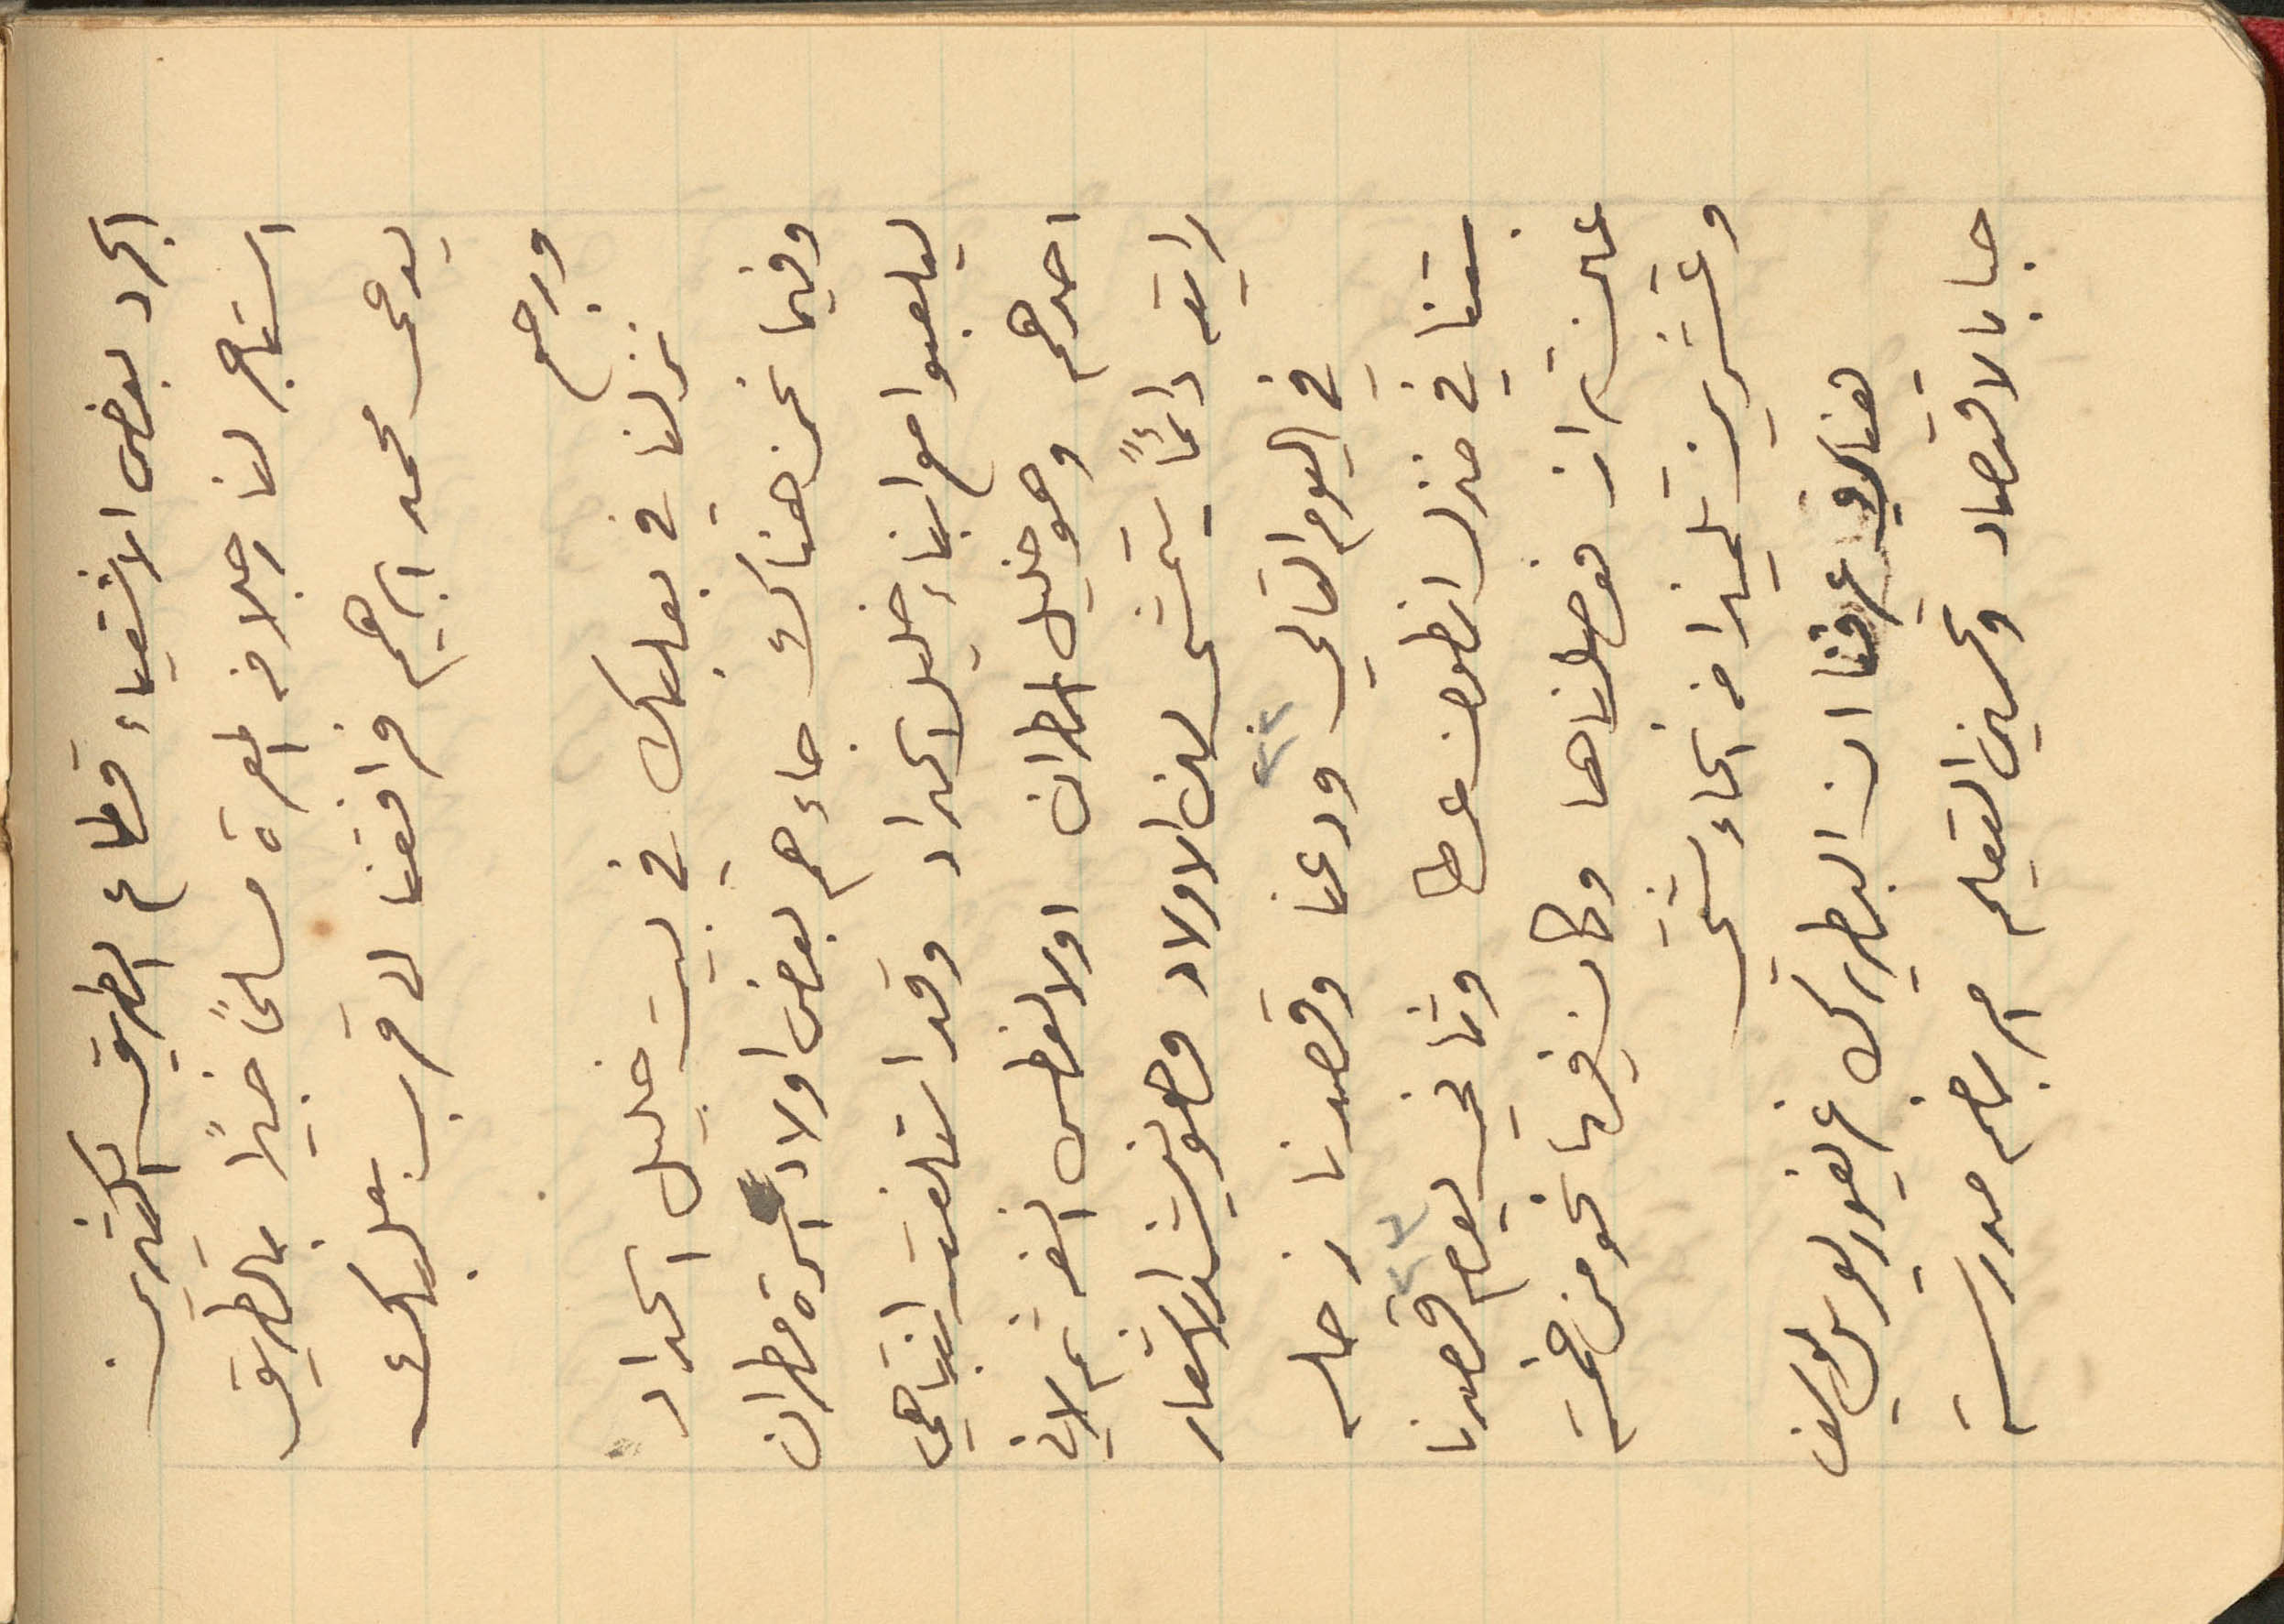
الجرد بعض الاشقياء قطاع الطريق الكثيرين
استاجر لنا رجلا في المعرة مسلحًا خبيرًا بالطريق
يدعى محمد ابراهيم فرافقنا الى قرب بعلبك
ورجع
نزلنا في بعلبك في بيت خليل الحداد
وفيما نحن هناك جاءهم بعض اولاد اسرة مطران
ليلعبوا مع ابناء خليل الحداد وقد استلفت انتباهي
احدهم وهو خليل المطران اولا لفطس انفه ثم لاني
رايته دائمًا يتمشى بين الاولاد وهو ينشد الاشعار
في اليوم التالي ٢٢ ودعنا وقصدنا زحله
بتنا في منزل انطون عطا وثاني يوم ٢٣ قصدنا
عين تراز فوصلناها وكان فيها نحو من خمسة
وعشرينَ تلميذا من انحاء شتي
هناك عرفنا ان البطريرك غريغوريوس يوسف
حبا بالاقتصاد وتحسين التعليم امر بضم مدرسة